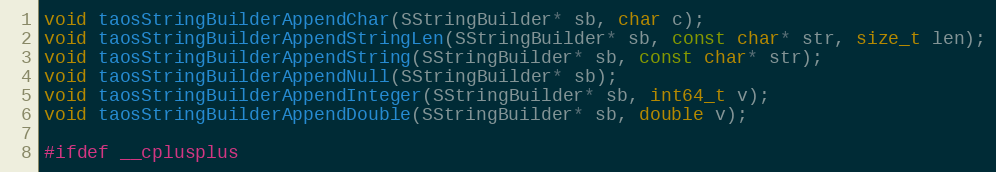
Language: C
void taosStringBuilderAppendChar(SStringBuilder* sb, char c);
void taosStringBuilderAppendStringLen(SStringBuilder* sb, const char* str, size_t len);
void taosStringBuilderAppendString(SStringBuilder* sb, const char* str);
void taosStringBuilderAppendNull(SStringBuilder* sb);
void taosStringBuilderAppendInteger(SStringBuilder* sb, int64_t v);
void taosStringBuilderAppendDouble(SStringBuilder* sb, double v);

#ifdef __cplusplus